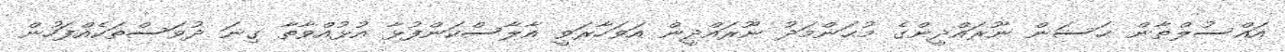
އައްސުލްޠާން ޙަސަން ނޫރައްދީންގެ މުޙަންމަދު ނޫރައްދީން އަވަހާރަވީ އާލާސްކަންފުޅާ އުޅުއްވާތާ ގިނަ ދުވަސްތަކެއްފަހުން